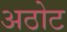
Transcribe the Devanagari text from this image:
अठोट